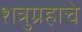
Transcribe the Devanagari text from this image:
शत्रुग्रहाचे